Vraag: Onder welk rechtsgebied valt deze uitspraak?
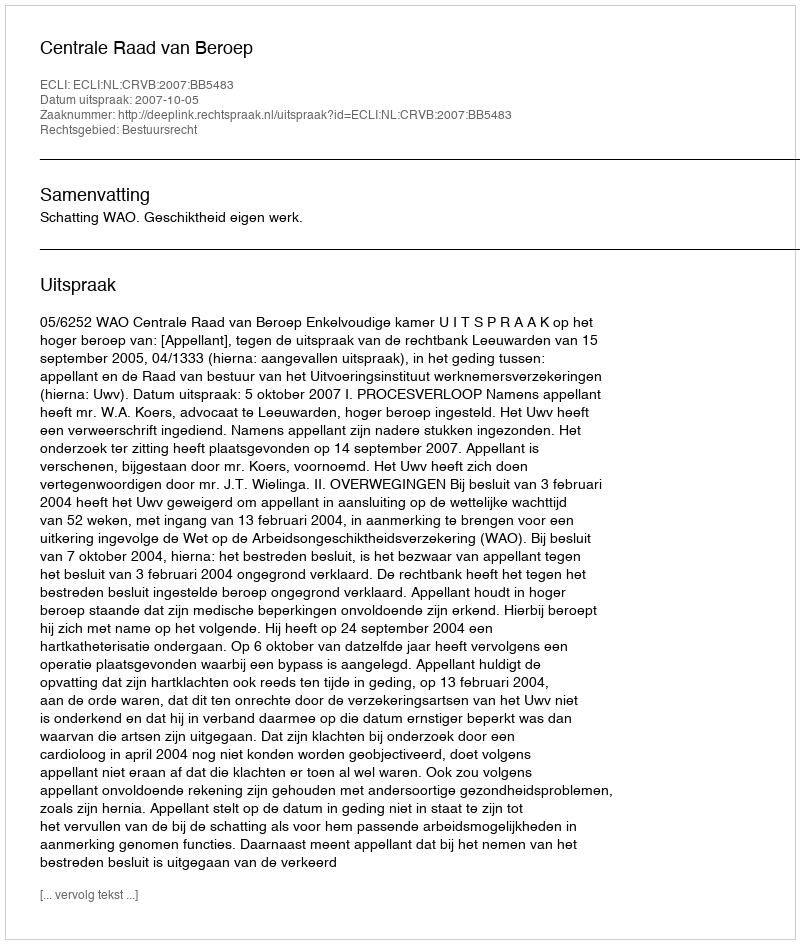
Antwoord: Bestuursrecht